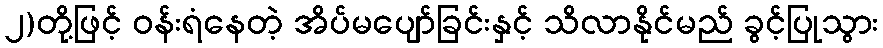
၂)တို့ဖြင့် ဝန်းရံနေတဲ့ အိပ်မပျော်ခြင်းနှင့် သိလာနိုင်မည် ခွင့်ပြုသွား